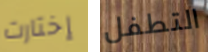
إختارت التطفل